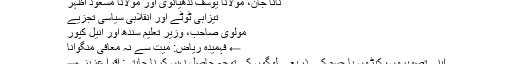
نانا جان، مولانا یوسف لدھیانوی اور مولانا مسعود اظہر
تیزابی ٹوٹے اور انقلابی سیاسی تجزیے
مولوی صاحب، وزیر تعلیم سندھ اور انیل کپور
← فہمیدہ ریاض: میت سے نہ معافی منگوانا
اپنی تصویروں، کپڑوں یا جسم کے ذریعے لوگوں کی توجہ حاصل نہیں کرنا چاہتی: اقرا عزیز →